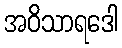
အဝိသာရဒေါ